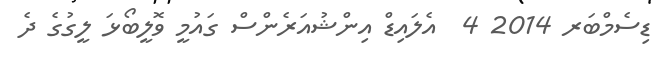
ޑިސެމްބަރ 2014 4  އެލައިޑް އިންޝުއަރެންސް ގައުމީ ވޮލީބޯޅަ ލީގުގެ ދެ